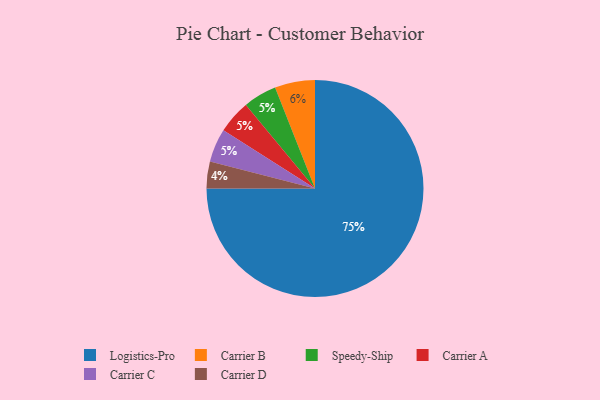
{"axis": {"x": "Category", "y": "Percentage"}, "legend": ["Carrier A", "Carrier B", "Carrier C", "Carrier D", "Logistics-Pro", "Speedy-Ship"], "data": [{"x": "Speedy-Ship", "y": 5, "type": "Speedy-Ship"}, {"x": "Carrier A", "y": 5, "type": "Carrier A"}, {"x": "Carrier D", "y": 4, "type": "Carrier D"}, {"x": "Carrier C", "y": 5, "type": "Carrier C"}, {"x": "Logistics-Pro", "y": 75, "type": "Logistics-Pro"}, {"x": "Carrier B", "y": 6, "type": "Carrier B"}]}